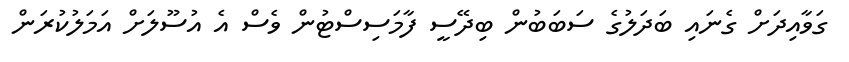
ގަވާއިދަށް ގެނައި ބަދަލުގެ ސަބަބުން ބިދޭސީ ފާމަސިސްޓުން ވެސް އެ އުސޫލަށް އަމަލުކުރަން